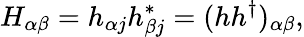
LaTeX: H_{\alpha\beta}=h_{\alpha j}h_{\beta j}^{*}=(hh^{\dagger})_{\alpha\beta},